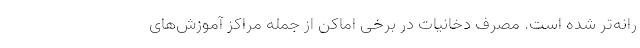
رانه‌تر شده است. مصرف دخانیات در برخی اماکن از جمله مراکز آموزش‌های